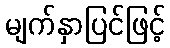
မျက်နှာပြင်ဖြင့်